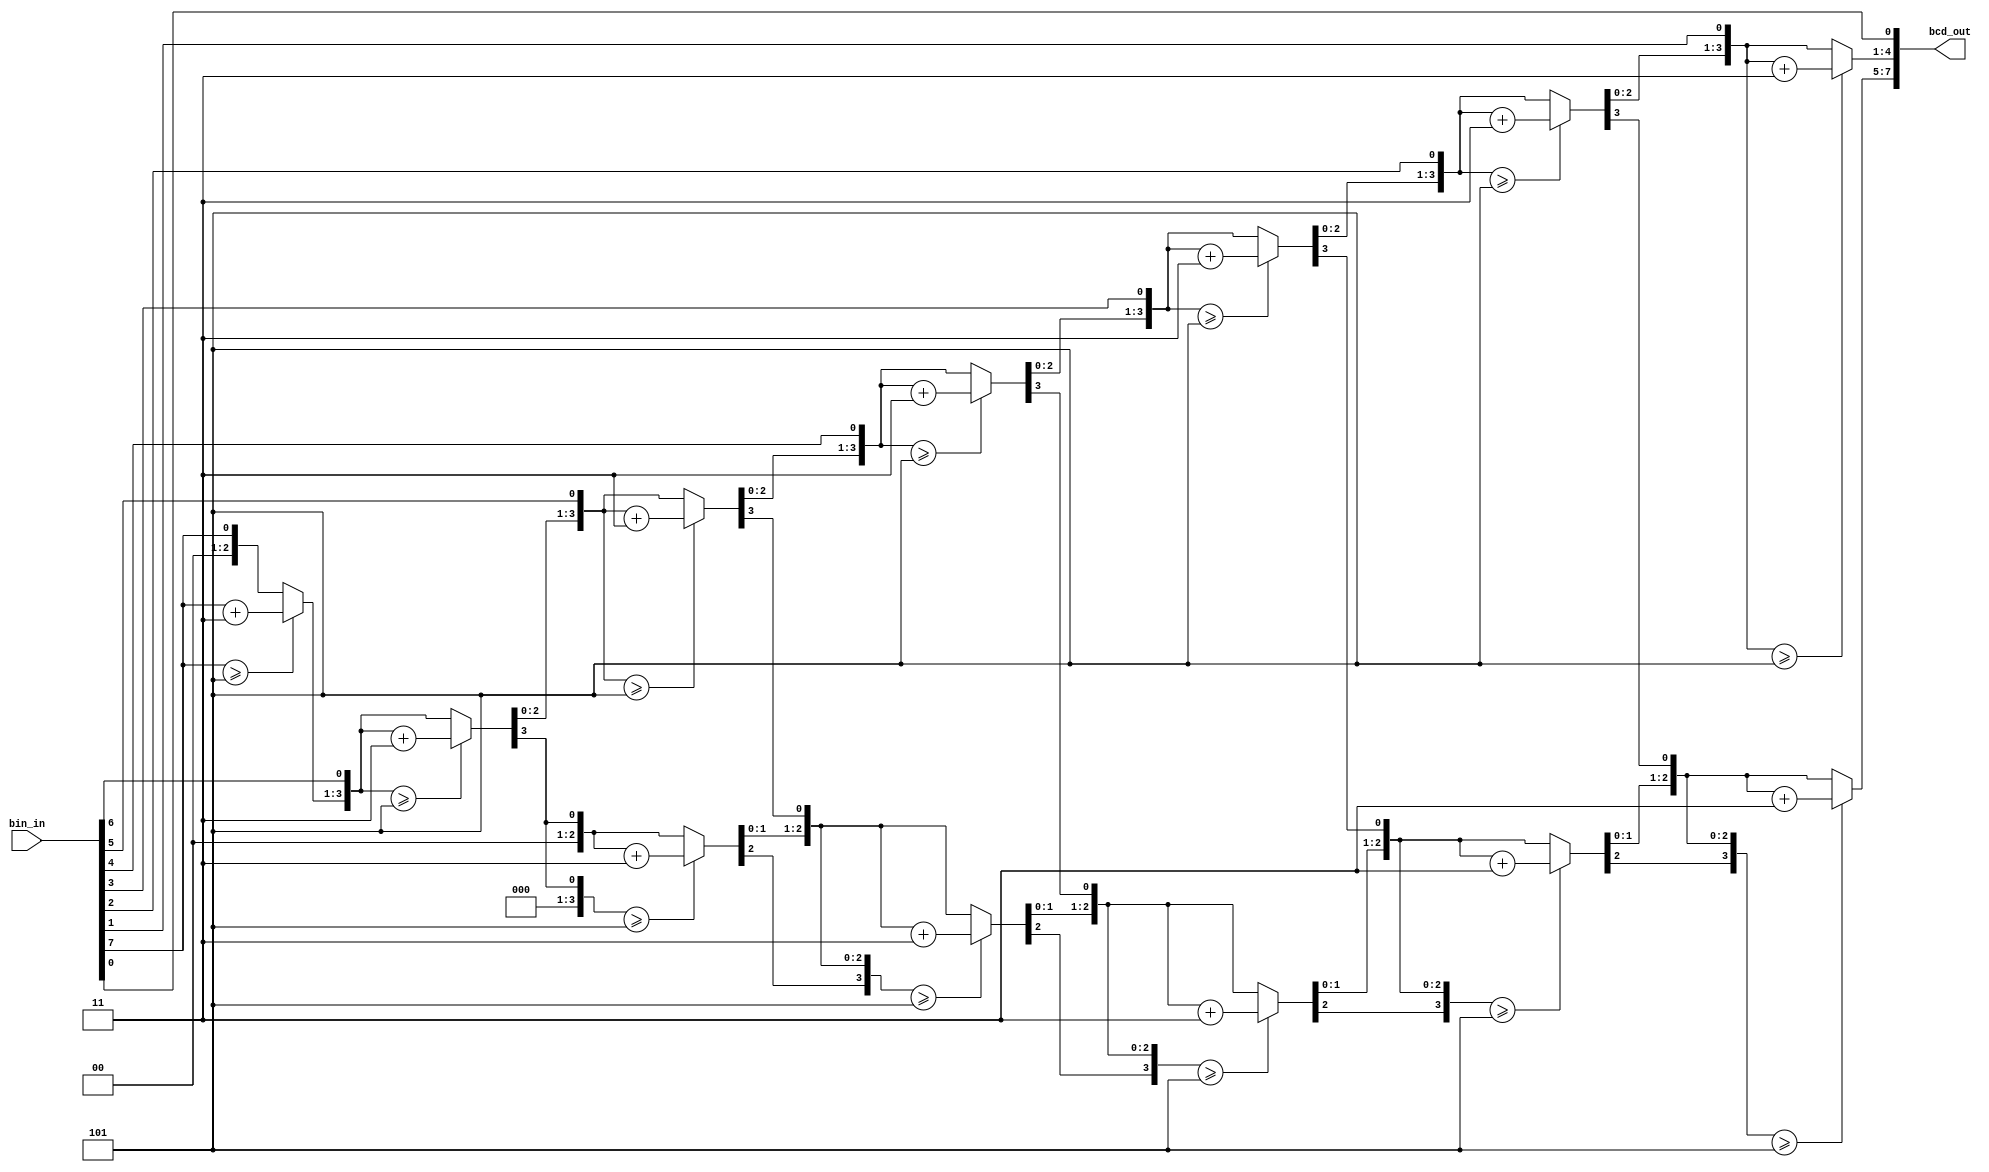
module bin2bcd_second #(
    parameter BIN_WIDTH = 8,
    parameter BCD_WIDTH = 8
)(
	input	[BIN_WIDTH-1:0]	bin_in,
	output	[BCD_WIDTH-1:0]	bcd_out
    );
	
reg [3:0] ones;
reg [3:0] tens;
integer i;
 
always @(*) begin
	ones 		= 4'd0;
	tens 		= 4'd0;
	
	for(i = BIN_WIDTH-1; i >= 0; i = i - 1) begin
		if (ones >= 4'd5) 		ones = ones + 4'd3;
		if (tens >= 4'd5) 		tens = tens + 4'd3;
		tens	 = {tens[2:0],ones[3]};
		ones	 = {ones[2:0],bin_in[i]};
	end
end	
assign bcd_out = {tens, ones};
endmodule